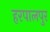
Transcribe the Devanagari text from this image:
हरपालपुर